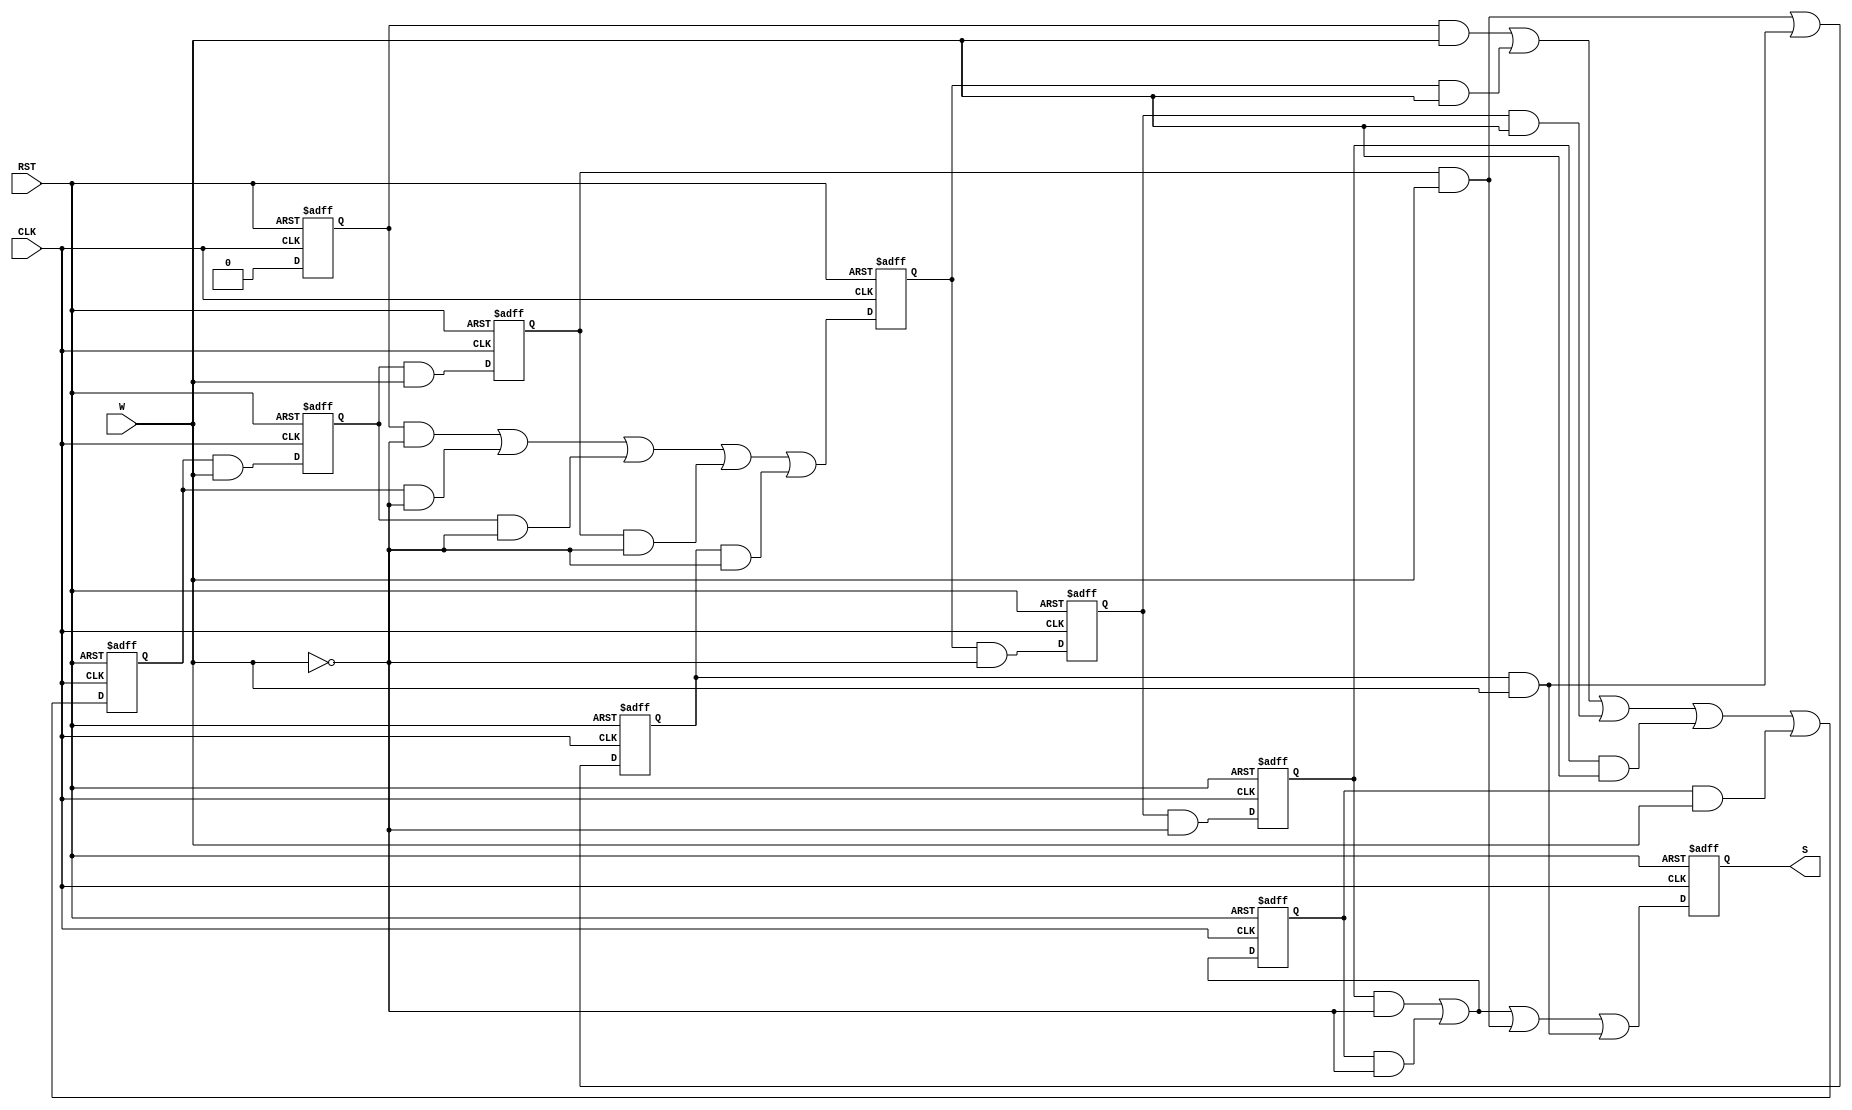
module FSM_OneHot(
input 			CLK, RST, W,
output 	reg 	S
);
reg Y0;
reg Y1;
reg Y2;
reg Y3;
reg Y4;
reg Y5;
reg Y6;
reg Y7;
reg Y8;
always @(posedge CLK, negedge RST) 
begin
	if (!RST)
	begin
		Y0 <= 1;
		Y1 <= 0;
		Y2 <= 0;
		Y3 <= 0;
		Y4 <= 0;
		Y5 <= 0;
		Y6 <= 0;
		Y7 <= 0;
		Y8 <= 0;
		S 	<= 0;
	end 
	else
	begin
		Y0 <= 0;
		Y1 <= Y0 & ~W | Y5 & ~W | Y6 & ~W | Y7 & ~W | Y8 & ~W;
		Y2 <= Y1 & ~W;
		Y3 <= Y2 & ~W;
		Y4 <= Y3 & ~W | Y4 & ~W;
		Y5 <= Y0 &  W | Y1 &  W | Y2 &  W | Y3 &  W | Y4 &  W;
		Y6 <= Y5 &  W;
		Y7 <= Y6 &  W;
		Y8 <= Y7 &  W | Y8 & W;
		S  <= Y3 & ~W | Y4 & ~W | Y7 &  W | Y8 &  W;
	end
end
endmodule